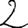
Digit: 2